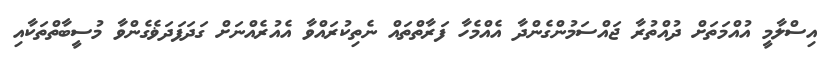
އިސްލާމީ އުއްމަތަށް ދުއްތުރާ ޖައްސަމުންގެންދާ އެއްމެހާ ފަރާތްތައް ނެތިކުރައްވާ އެއުރެއްނަށް ގަދަފަދަަޥެގެންވާ މުސީބާތްތަކާއި